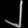
Digit: ၂